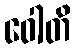
ဝေါတိ